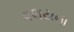
વલયના